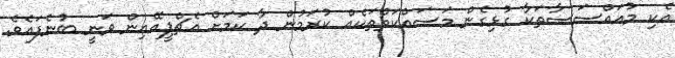
އެކި މުއައްސަސާތަކާ ގުޅިގެން މަސައްކަތްތަކެއް ކުރަމުން ދާ ކަމަށް އެޗްޕީއޭއިން ވަނީ ބުނެފައެވެ.